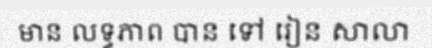
មាន លទ្ធភាព បាន ទៅ រៀន សាលា